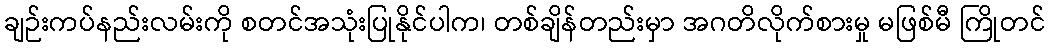
ချဉ်းကပ်နည်းလမ်းကို စတင်အသုံးပြုနိုင်ပါက၊ တစ်ချိန်တည်းမှာ အဂတိလိုက်စားမှု မဖြစ်မီ ကြိုတင်